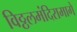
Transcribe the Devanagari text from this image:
विठ्ठलमंदिरामागे